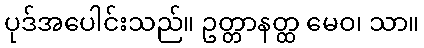
ပုဒ်အပေါင်းသည်။ ဥတ္တာနတ္ထ မေဝ၊ သာ။